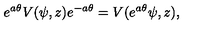
e ^ { a \theta } V ( \psi , z ) e ^ { - a \theta } = V ( e ^ { a \theta } \psi , z ) ,